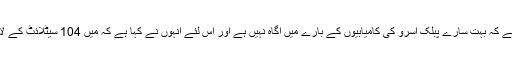
مجھے شوبھا جالان، انہوں نے نریندر مودی ایپپ پر لکھا ہے کہ بہت سارے پبلک اسرو کی کامیابیوں کے بارے میں آگاہ نہیں ہے اور اس لئے انہوں نے کہا ہے کہ میں 104 سیٹلائٹ کے لانچ اور انٹرسیپٹر میزائل کے بارے میں کچھ معلومات دوں!